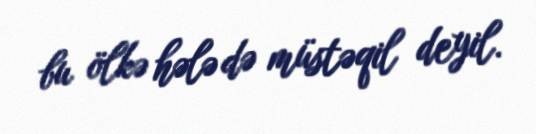
bu ölkə hələ də müstəqil deyil.